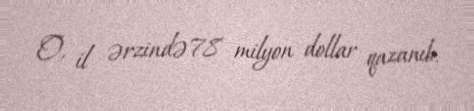
O, il ərzində 78 milyon dollar qazanıb.